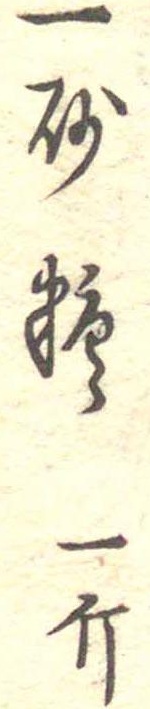
一砂糖一斤